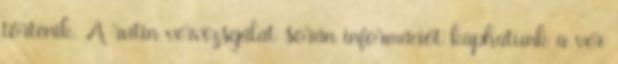
történik. A rutin vérvizsgálat során információt kaphatunk a vér